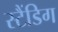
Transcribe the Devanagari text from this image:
स्टैंडिग